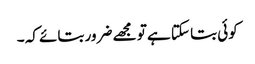
کوئی بتا سکتا ہے تو مجھے ضرور بتائے کہ ۔